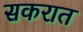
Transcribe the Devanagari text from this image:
सकरात